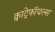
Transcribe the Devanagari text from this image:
क्वाट्रेफॉयल्स